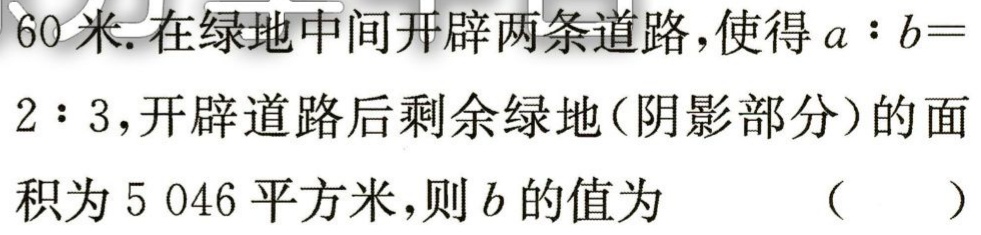
60米.在绿地中间开辟两条道路，使得\(a:b = 2:3\)，开辟道路后剩余绿地（阴影部分）的面积为5 046平方米，则\(b\)的值为 （  ）